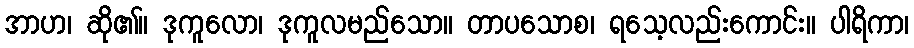
အာဟ၊ ဆို၏။ ဒုကူလော၊ ဒုကူလမည်သော။ တာပသောစ၊ ရသေ့လည်းကောင်း။ ပါရိကာ၊